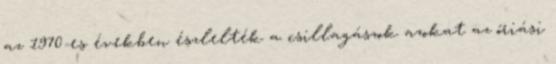
az 1970-es években észlelték a csillagászok azokat az óriási